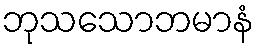
ဘုသသောဘမာနံ